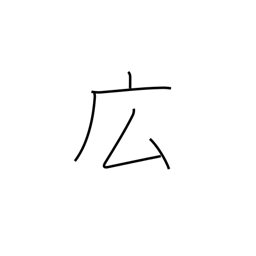
Meaning: spacious